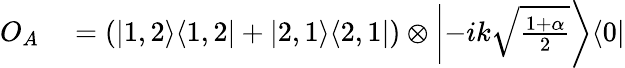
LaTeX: \begin{array}{rl}{O_{A}}&{{}=\left(|1,2\rangle\langle 1,2|+|2,1\rangle\langle 2,1|\right)\otimes\left|-ik\sqrt{\frac{1+\alpha}{2}}\right\rangle\langle 0|}\end{array}